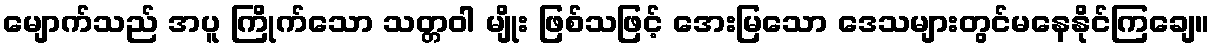
မျောက်သည် အပူ ကြိုက်သော သတ္တဝါ မျိုး ဖြစ်သဖြင့် အေးမြသော ဒေသများတွင်မနေနိုင်ကြချေ။